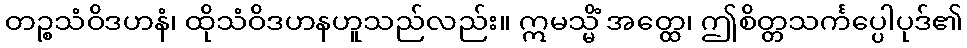
တဉ္စသံဝိဒဟနံ၊ ထိုသံဝိဒဟနဟူသည်လည်း။ ဣမသ္မိံ အတ္ထေ၊ ဤစိတ္တသင်္ကပ္ပေါပုဒ်၏